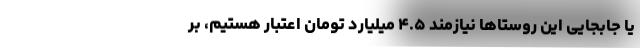
یا جابجایی این روستاها نیازمند ۴.۵ میلیارد تومان اعتبار هستیم، بر